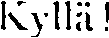
Kyllä!